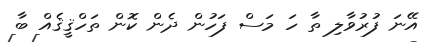
އޭނަ ފުރުވާލި ތާ ހަ މަސް ފަހުން ދެން ކޮން ތަހްޤީޤެއް ބާ